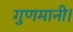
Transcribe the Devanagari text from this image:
गुणमानी।